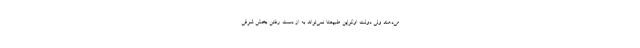
می‌دهند ولی دولت اوکراین طبیعتا نمی‌تواند به از دست رفتن بخش شرقی